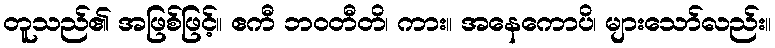
တူသည်၏ အဖြစ်ဖြင့်။ ဧကီ ဘဝတီတိ၊ ကား။ အနေကောပိ၊ များသော်လည်း။